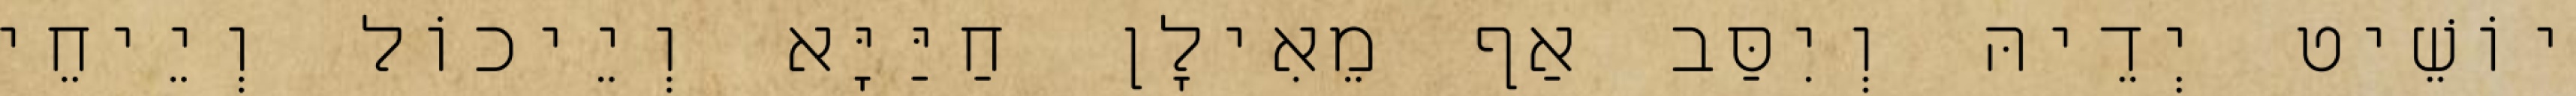
יוֹשֵׁיט יְדֵיהּ וְיִסַּב אַף מֵאִילָן חַיַּיָּא וְיֵיכוֹל וְיֵיחֵי